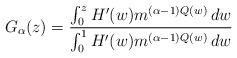
LaTeX: \begin{align*}G_\alpha(z) = \frac{\int_0^z H'(w) m^{(\alpha-1) Q(w)}\,dw}{\int_0^1 H'(w)m^{(\alpha-1) Q(w)}\,dw}\end{align*}